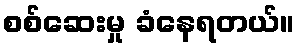
စစ်ဆေးမှု ခံနေရတယ်။